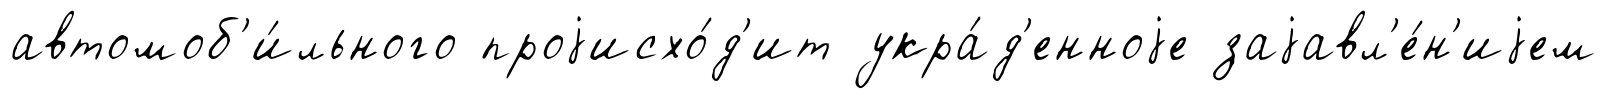
автомоб'и́льного проjисхо́д'ит укра́д'енноjе заjавл'е́н'иjем